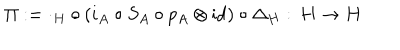
\Pi : = \cdot _ { H } \circ ( i _ { A } \circ S _ { A } \circ p _ { A } \otimes \mathrm { i d } ) \circ \Delta _ { H } : \, H \rightarrow H